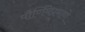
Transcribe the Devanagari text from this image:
पौर्णिमेप्रमाणे